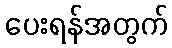
ပေးရန်အတွက်